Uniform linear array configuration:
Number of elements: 12
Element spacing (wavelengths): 0.75
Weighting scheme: exponential
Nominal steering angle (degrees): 15
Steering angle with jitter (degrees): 15.88
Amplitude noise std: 0.05
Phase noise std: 0.05

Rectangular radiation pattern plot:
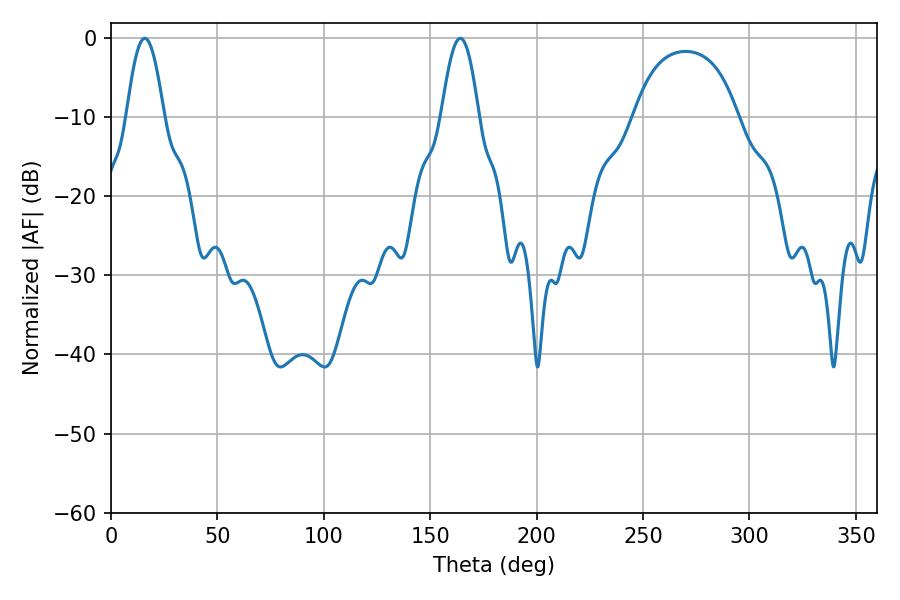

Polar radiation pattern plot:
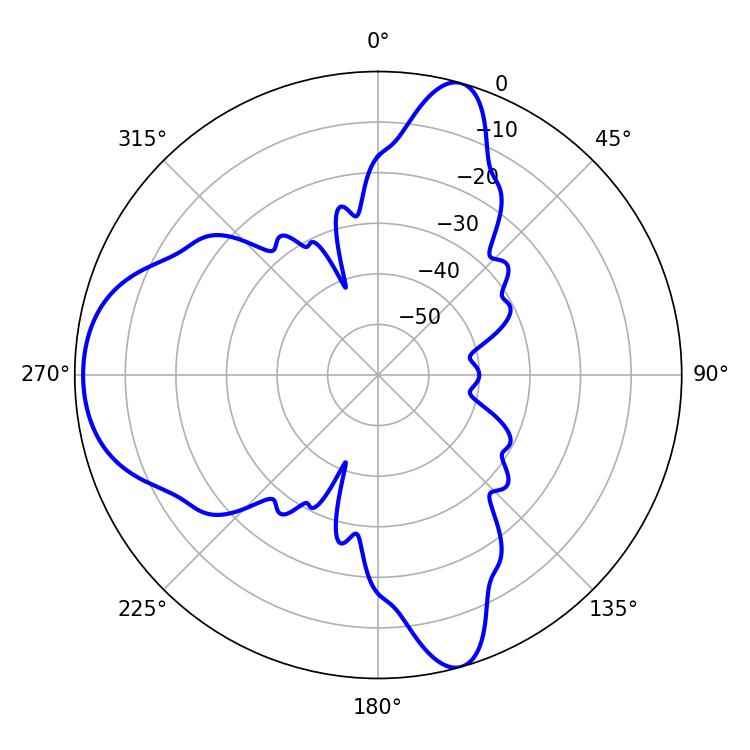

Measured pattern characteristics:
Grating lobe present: TRUE
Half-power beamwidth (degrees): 9.54
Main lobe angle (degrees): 15.84